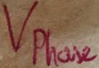
Text: Vphase